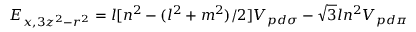
E _ { x , 3 z ^ { 2 } - r ^ { 2 } } = l [ n ^ { 2 } - ( l ^ { 2 } + m ^ { 2 } ) / 2 ] V _ { p d \sigma } - { \sqrt { 3 } } l n ^ { 2 } V _ { p d \pi }